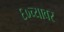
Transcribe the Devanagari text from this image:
६०च्यावर